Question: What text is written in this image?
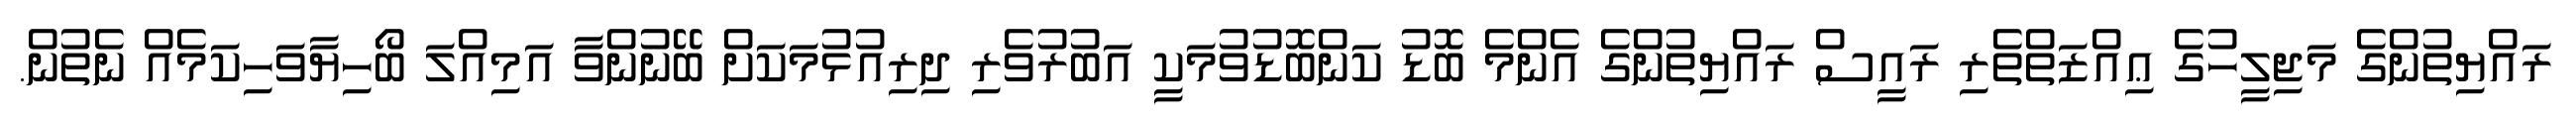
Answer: ރައްޔިތުންގެ މަޖިލީހުގެ ޢިއްޒަތްތެރި ރައީސް ރައްޔިތުންގެ އެންމެ ބޮޑު ކަންބޮޑުވުމަކީ އަބުރުވެރި ދިރިއުޅުމަކަށް ބޭނުންވާ އަމިއްލަ ބޯހިޔާވަހިކަމެއް ނެތުން.